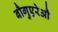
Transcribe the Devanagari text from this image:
बौगुएरेऔ